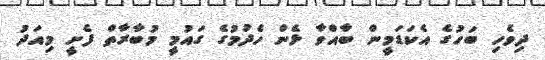
ދިވެހި ބަހުގެ އެކަޑަމީން ބާއްވާ ޅެން ހެދުމުގެ ގައުމީ މުބާރާތް ފެށީ މިއަދު